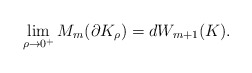
\begin{align*}\lim_{\rho \rightarrow 0^+}M_m(\partial K_{\rho})=d W_{m+1}(K).\end{align*}